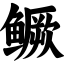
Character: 鳜